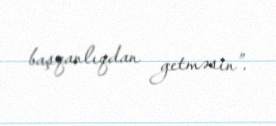
başqanlıqdan getməsin”.